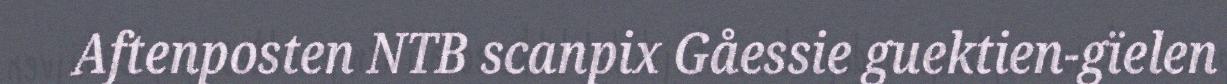
Aftenposten NTB scanpix Gåessie guektien-gïelen